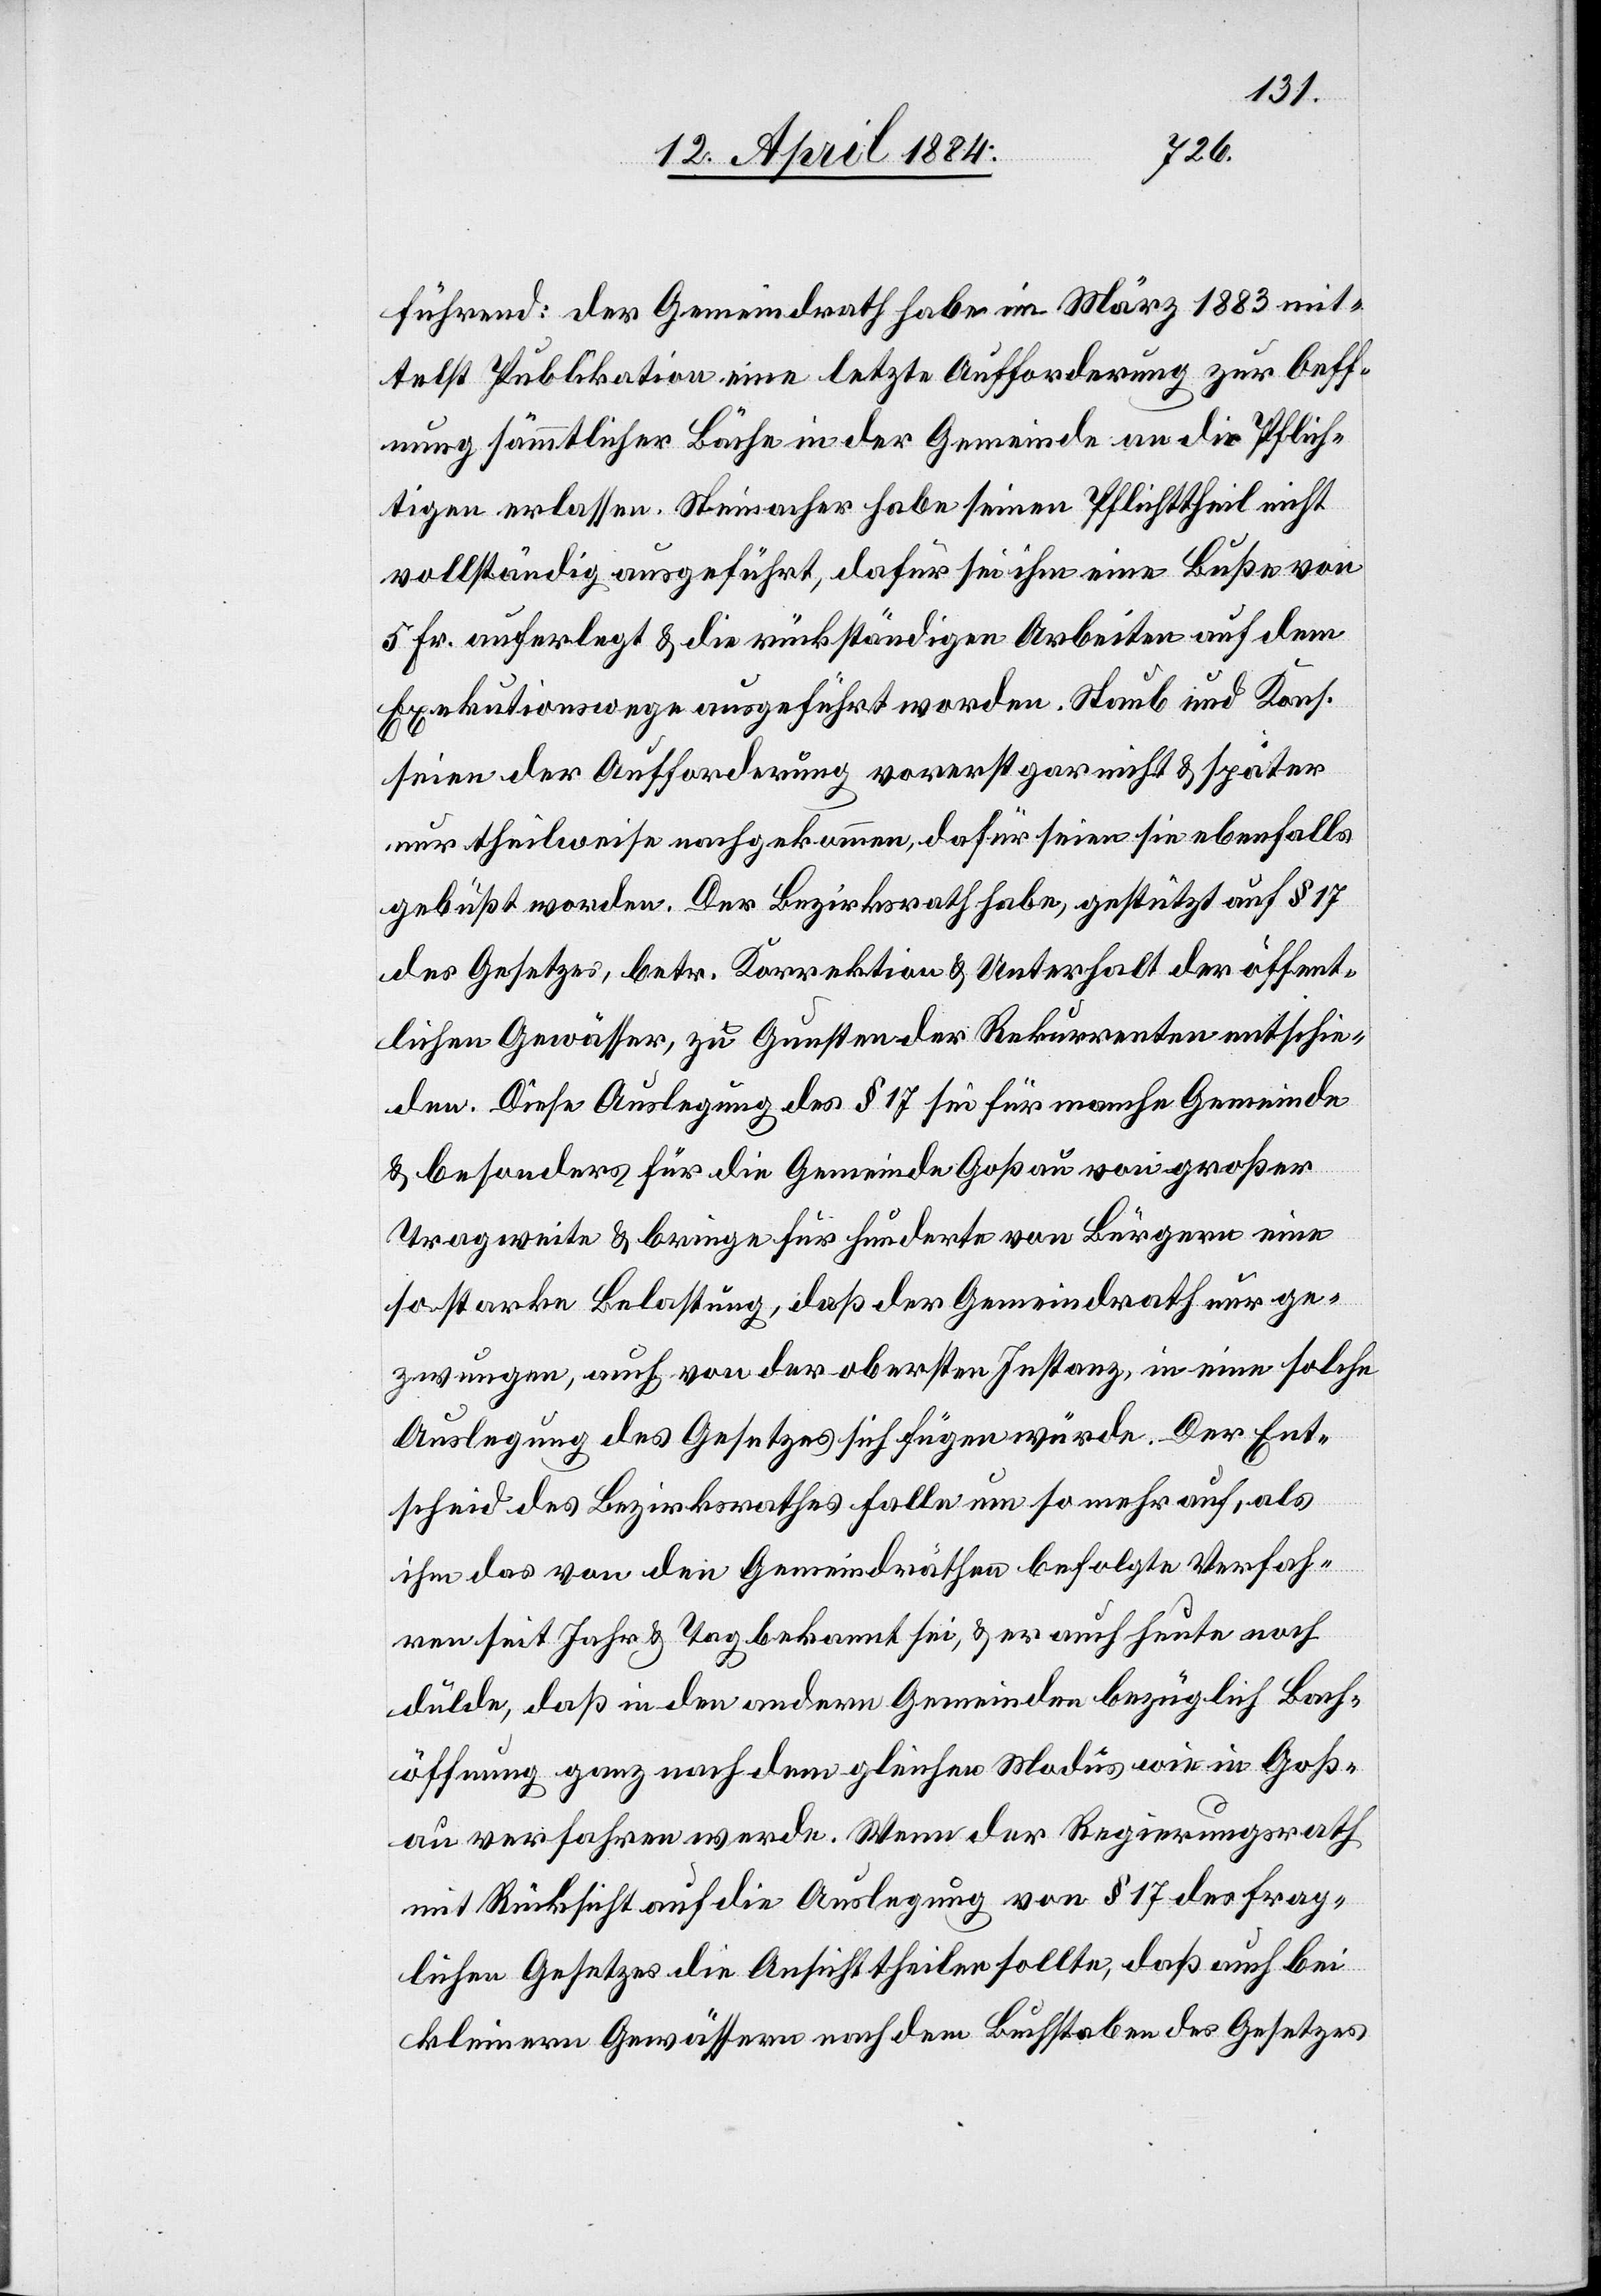
führend: der Gemeindrath habe im März 1883 mit¬
telst Publikation eine letzte Aufforderung zur Oeff¬
nung sämmtlicher Bäche in der Gemeinde an die Pflich¬
tigen erlassen. Steinacher habe seinen Pflichttheil nicht
vollständig ausgeführt, dafür sei ihm eine Buße von
5 Fr. auferlegt & die rückständigen Arbeiten auf dem
Exekutionswege ausgeführt worden. Staub und Kons.
seien der Aufforderung vorerst gar nicht & später
nur theilweise nachgekommen, dafür seien sie ebenfalls
gebüßt worden. Der Bezirksrath habe, gestützt auf § 17
des Gesetzes, betr. Korrektion & Unterhalt der öffent¬
lichen Gewässer, zu Gunsten der Rekurrenten entschie¬
den. Diese Auslegung des § 17 sei für manche Gemeinde
& besonders für die Gemeinde Goßau von großer
Tragweite & bringe für hunderte von Bürgern eine
so starke Belastung, daß der Gemeindrath nun ge¬
zwungen, auch von der obersten Instanz in eine solche
Auslegung des Gesetzes sich fügen würde. Der Ent¬
scheid des Bezirksrathes falle um so mehr auf, als
ihm das von den Gemeindräthen befolgte Verfah¬
ren seit Jahr & Tag bekannt sei, & er auch heute noch
dulde, daß in den andern Gemeinden bezüglich Bach¬
öffnung ganz nach dem gleichen Modus wie in Goß¬
au verfahren werde. Wenn der Regierungsrath
mit Rücksicht auf die Auslegung von § 17 des frag¬
lichen Gesetzes die Ansicht theilen sollte, daß auch bei
kleinern Gewässern nach dem Buchstaben des Gesetzes